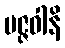
မဇ္ဇဝါနိ